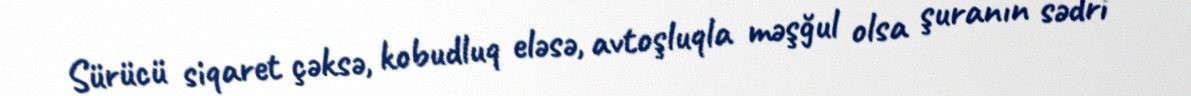
Sürücü siqaret çəksə, kobudluq eləsə, avtoşluqla məşğul olsa şuranın sədri